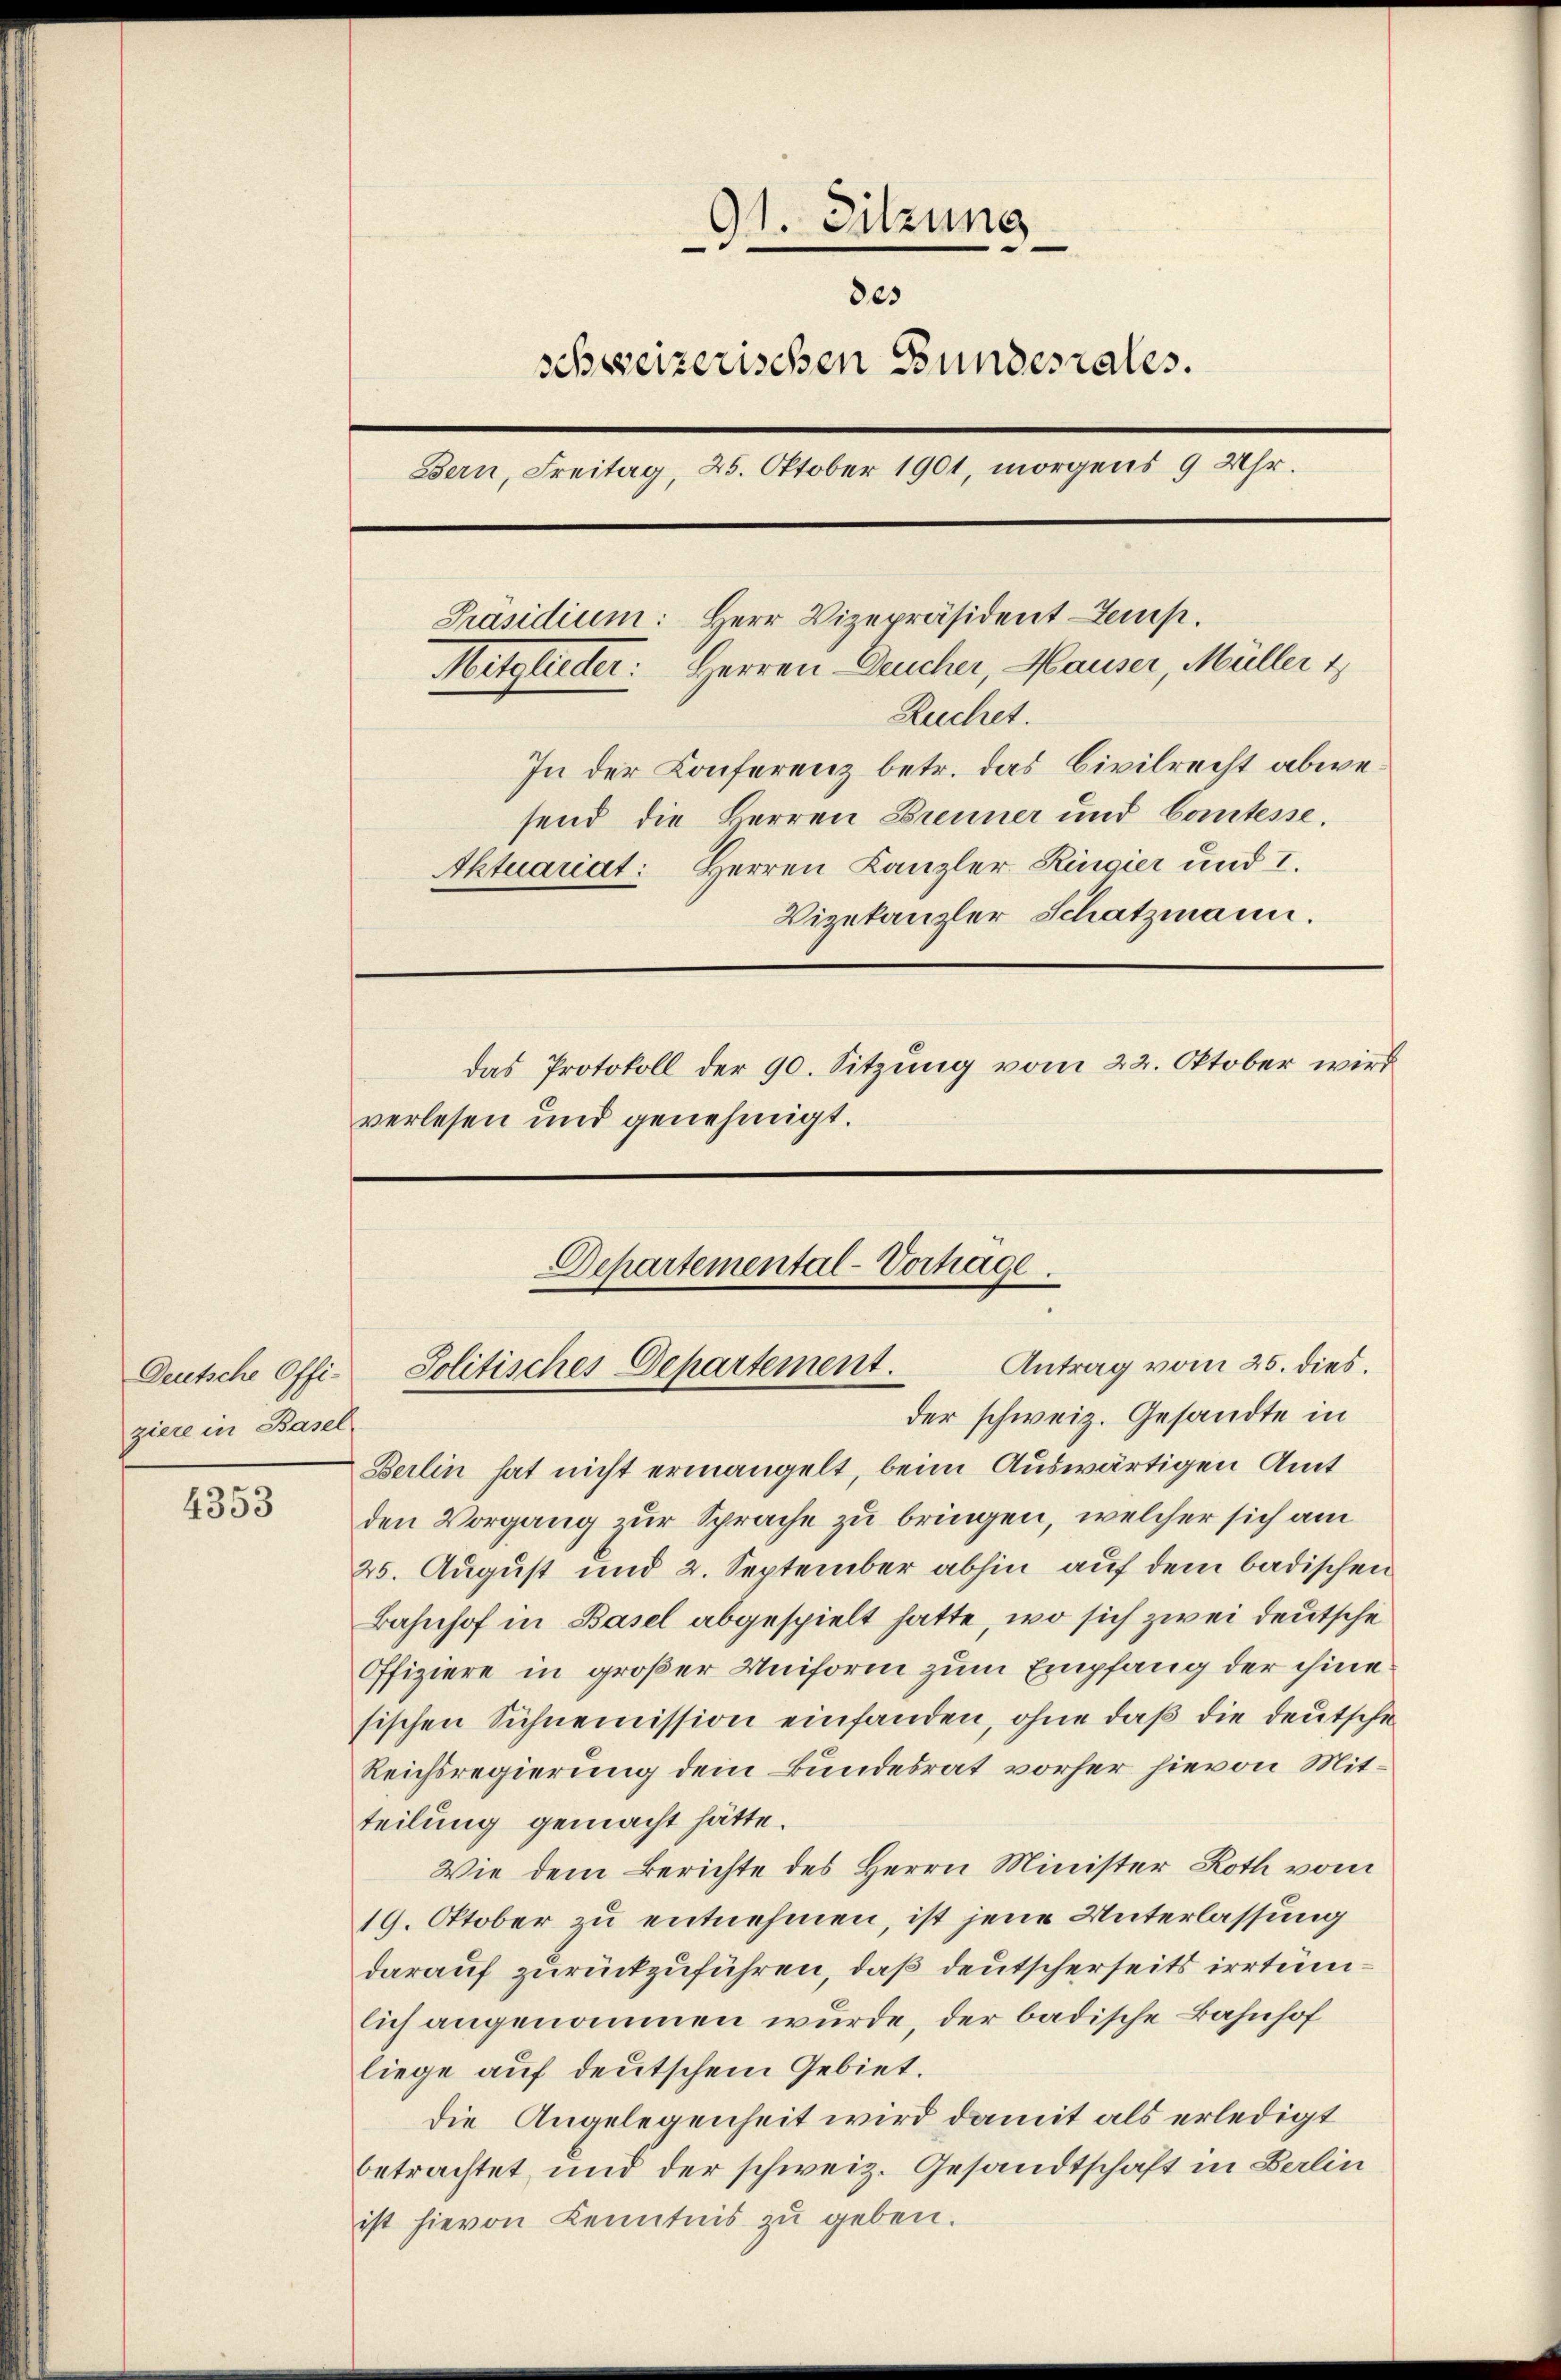
4353

91. Sitzung

des
schweizerischen Bundesrates.
Bern, Freitag, 25. Oktober 1901, morgens 9 Uhr.
Präsidium: Herr Vizepräsident temp
Mitglieder: Herren Deucher, Hauser, Müller 1
Ruchet.
In der Konferenz betr. das Civilrecht abwesend die Herren Brenner und Comtesse.
Aktuariat: Herren Kanzler Ringier und I.
Vizekanzler Schatzmann.
das Protokoll der 90. Sitzung vom 22. Oktober wird
verlesen und genehmigt.

ziere in Basel

Departemental-Vortrage.
Antrag vom 25. dies.
Deutsche Offi- Politisches Departement.

der schweiz. Gesandte in
Berlin hat nicht ermangelt, beim Auswärtigen Amt
den Vorgang zur Sprache zu bringen, welcher sich am
25. August und 2. September abhin auf dem badischen
Bahnhof in Basel abgespielt hatte, wo sich zwei deutsche
Offiziere in großer Uniform zum Empfang der ihme
sischen Sichnemission einfanden, ohne daß die Deutsche
Reichsregierung dem Bundesrat vorher hievon Mitteilung gemacht hätte.
Wie dem Berichte des Herrn Minister Roth vom
19. Oktober zu entnehmen, ist jene Unterlassung
darauf zurückzuführen, daß deutscherseits irrtennlich angenommen wurde, der badische Bahnhof
liege auf deutschem Gebiet.
die Angelegenheit wird damit als erledigt
betrachtet, und der schweiz. Gesandtschaft in Balin
ist hievon Kenntnis zu geben.